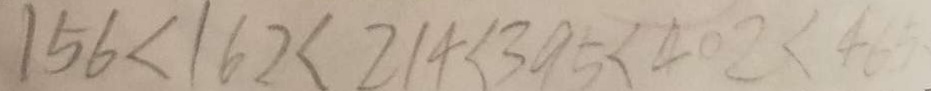
1 5 6 < 1 6 2 < 2 1 4 < 3 9 5 < 4 0 2 < 4 6 5